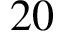
2 0